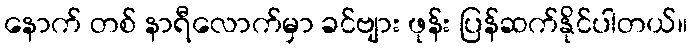
နောက် တစ် နာရီလောက်မှာ ခင်ဗျား ဖုန်း ပြန်ဆက်နိုင်ပါတယ်။